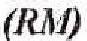
(RM)